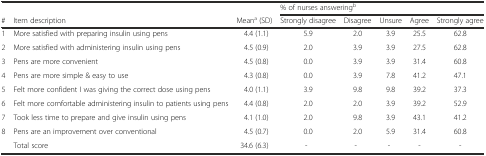
|  |  |  | <COLSPAN=5> % of nurses answeringb |
 | # | Item description | Meana (SD) | Strongly disagree | Disagree | Unsure | Agree | Strongly agree |
 | --- | --- | --- | --- | --- | --- | --- | --- |
 | 1 | More satisfied with preparing insulin using pens | 4.4 (1.1) | 5.9 | 2.0 | 3.9 | 25.5 | 62.8 |
 | 2 | More satisfied with administering insulin using pens | 4.5 (0.9) | 2.0 | 3.9 | 3.9 | 27.5 | 62.8 |
 | 3 | Pens are more convenient | 4.5 (0.8) | 0.0 | 3.9 | 3.9 | 31.4 | 60.8 |
 | 4 | Pens are more simple & easy to use | 4.3 (0.8) | 0.0 | 3.9 | 7.8 | 41.2 | 47.1 |
 | 5 | Felt more confident I was giving the correct dose using pens | 4.0 (1.1) | 3.9 | 9.8 | 9.8 | 39.2 | 37.3 |
 | 6 | Felt more comfortable administering insulin to patients using pens | 4.4 (0.8) | 2.0 | 2.0 | 3.9 | 39.2 | 52.9 |
 | 7 | Took less time to prepare and give insulin using pens | 4.1 (1.0) | 2.0 | 9.8 | 3.9 | 43.1 | 41.2 |
 | 8 | Pens are an improvement over conventional | 4.5 (0.7) | 0.0 | 2.0 | 5.9 | 31.4 | 60.8 |
 |  | Total score | 34.6 (6.3) | - | - | - | - | - |